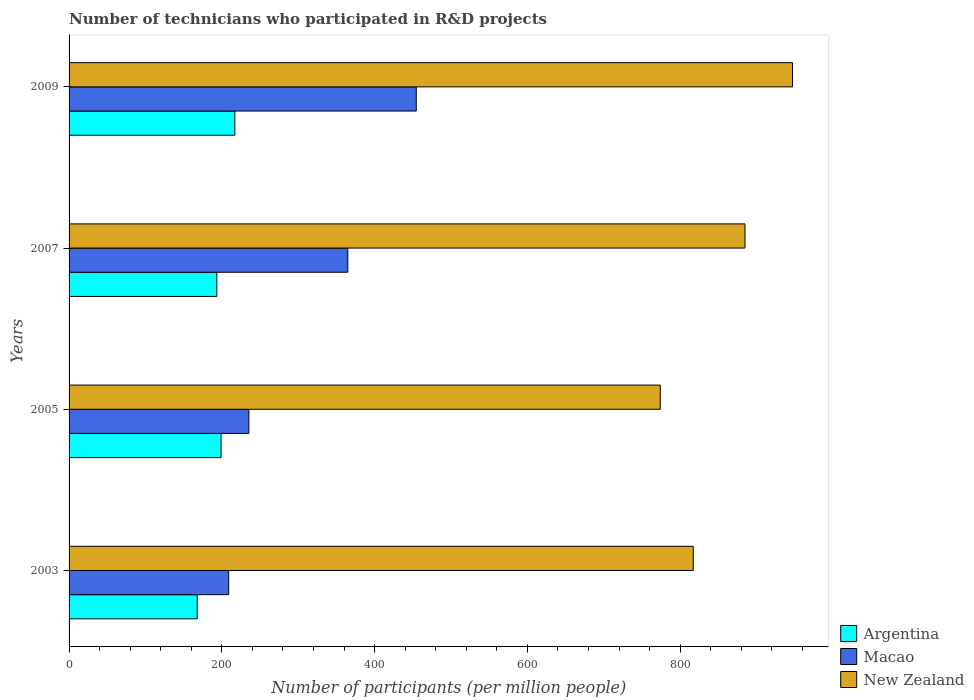
| Years | Argentina | Macao | New Zealand |
 | --- | --- | --- | --- |
 | 2003 | 168 | 209 | 817 |
 | 2005 | 199 | 235 | 774 |
 | 2007 | 193 | 365 | 885 |
 | 2009 | 217 | 455 | 947 |